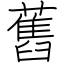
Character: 舊